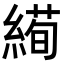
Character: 𦃜